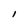
Character: I